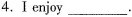
4.Ⅰenjoy___.